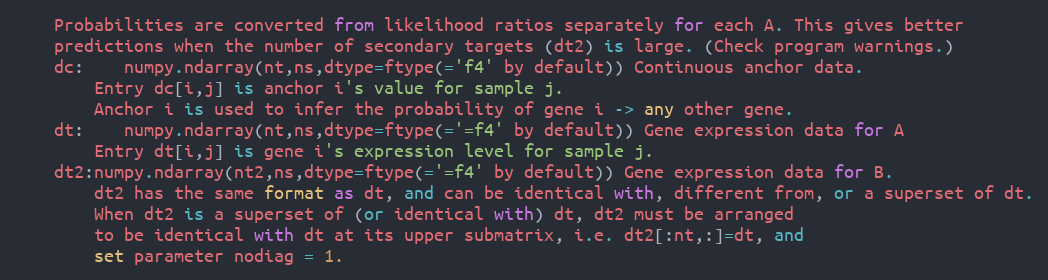
Language: Python
	Probabilities are converted from likelihood ratios separately for each A. This gives better
	predictions when the number of secondary targets (dt2) is large. (Check program warnings.)
	dc:	numpy.ndarray(nt,ns,dtype=ftype(='f4' by default)) Continuous anchor data.
		Entry dc[i,j] is anchor i's value for sample j.
		Anchor i is used to infer the probability of gene i -> any other gene.
	dt:	numpy.ndarray(nt,ns,dtype=ftype(='=f4' by default)) Gene expression data for A
		Entry dt[i,j] is gene i's expression level for sample j.
	dt2:numpy.ndarray(nt2,ns,dtype=ftype(='=f4' by default)) Gene expression data for B.
		dt2 has the same format as dt, and can be identical with, different from, or a superset of dt.
		When dt2 is a superset of (or identical with) dt, dt2 must be arranged
		to be identical with dt at its upper submatrix, i.e. dt2[:nt,:]=dt, and
		set parameter nodiag = 1.